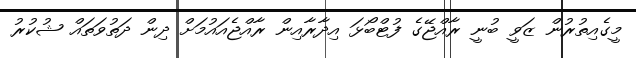
މީގެއިތުރުން ޒަވީ ބުނީ ރާއްޖޭގެ ފުޓްބޯޅަ އިދާރާއިން ރާއްޖެއައުމަށް ދިން ދަތުވަތައް ޝުކުރު